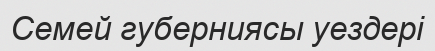
Семей губерниясы уездері